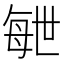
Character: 𣫸